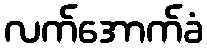
လက်အောက်ခံ